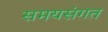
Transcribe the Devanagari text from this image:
समयसंगत